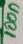
Text: 100n